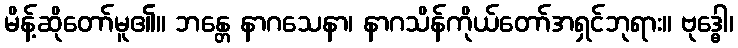
မိန့်ဆိုတော်မူ၏။ ဘန္တေ နာဂသေနာ၊ နာဂသိန်ကိုယ်တော်အရှင်ဘုရား။ ဗုဒ္ဓေါ၊